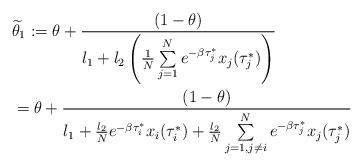
LaTeX: \begin{align*}\begin{aligned}&\widetilde{\theta}_1:=\theta+\frac{(1-\theta)}{l_1+l_2\left(\frac{1}{N}\sum\limits_{j=1}^Ne^{-\beta\tau_j^{*}}x_j(\tau_j^{*})\right)}\\&=\theta +\frac{(1-\theta)}{l_1+\frac{l_2}{N}e^{-\beta\tau_i^{*}}x_i(\tau_i^{*})+\frac{l_2}{N}\sum\limits_{j=1,j\neq i}^Ne^{-\beta\tau_j^{*}}x_j(\tau_j^{*})}\end{aligned}\end{align*}